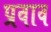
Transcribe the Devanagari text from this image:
प्रवाव